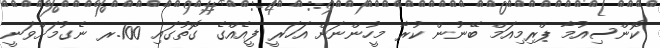
ކޮންސިއުމާ ޕްރިމިއަމް ބޭނުން ކުރާ މީހުންނަށް އަހަރީ ފީއެއްގެ ގޮތުގައި 100.ރ ނެގުމަށްވަނީ